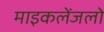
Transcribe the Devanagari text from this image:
माइकलेंजलो